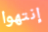
إنتهوا